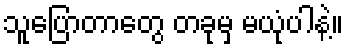
သူပြောတာတွေ တခုမှ မယုံပါနဲ့။